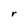
Character: r